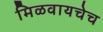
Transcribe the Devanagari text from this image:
मिळवायचेच